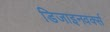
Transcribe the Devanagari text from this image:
डिजाइनवर्क्स